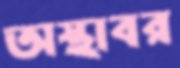
অস্থাবর